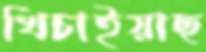
খিচাইয়াছ